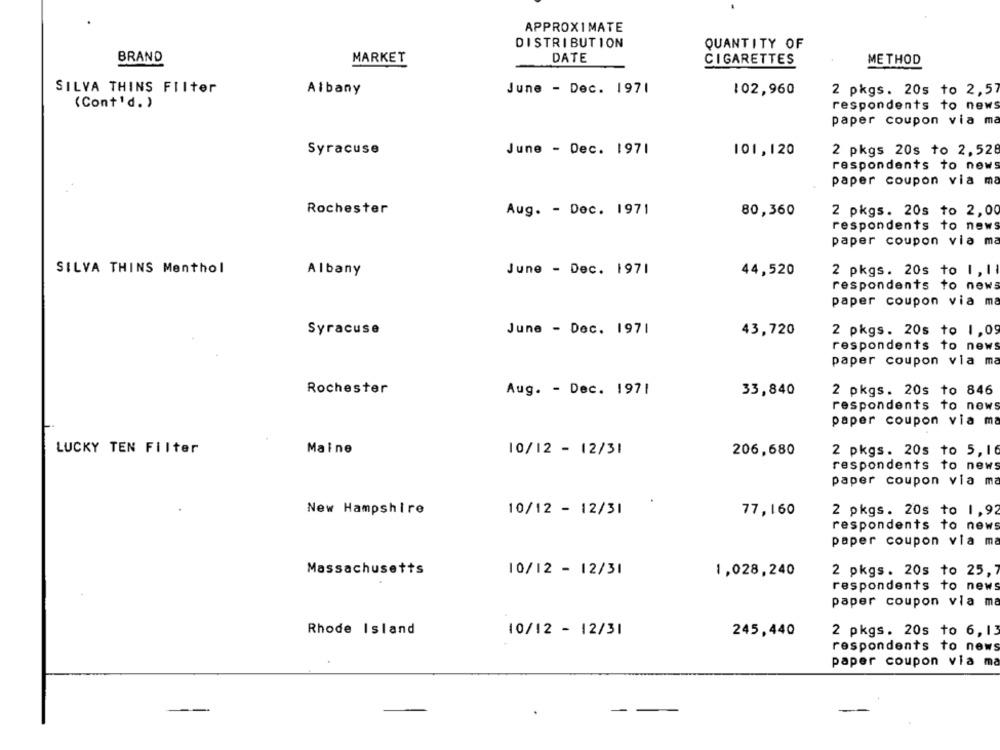
APPROXIMATE
DISTRIBUTION
QUANTITY OF
BRAND
MARKET
DATE
METHOD
CIGARETTES
SILVA THINS FIIter
Albany
June - Dec. 1971
102,960
2 pkgs. 20s to 2,57
(Cont'd. )
respondents to news
paper coupon via ma
Syracuse
June - Dec. 1971
2 pkgs 20s to 2,528
101,120
respondents to news
paper coupon via ma
Rochester
Aug. - Dec. 1971
80,360
2 pkgs. 20s to 2,00
respondents to news
paper coupon via ma
SILVA THINS Menthol
June - Dec. 1971
2 pkgs. 20s to 1 , 11
Albany
44,520
respondents to news
paper coupon via ma
Syracuse
June - Dec. 1971
43,720
2 pkgs. 20s to 1,09
respondents to news
paper coupon via ma
Rochester
Aug. - Dec. 1971
33,840
2 pkgs. 20s to 846
respondents to news
paper coupon via ma
LUCKY TEN Filter
Maine
10/12 - 12/31
2 pkgs. 20s to 5,16
206,680
respondents to news
paper coupon via ma
New Hampshire
10/12 - 12/31
2 pkgs. 20s to 1,92
77,160
respondents to news
paper coupon via ma
Massachusetts
10/12 - 12/31
1,028,240
2 pkgs. 20s to 25,7
respondents to news
paper coupon via ma
245,440
2 pkgs. 20s to 6,13
Rhode Island
10/12 - 12/31
respondents to news
paper coupon via ma